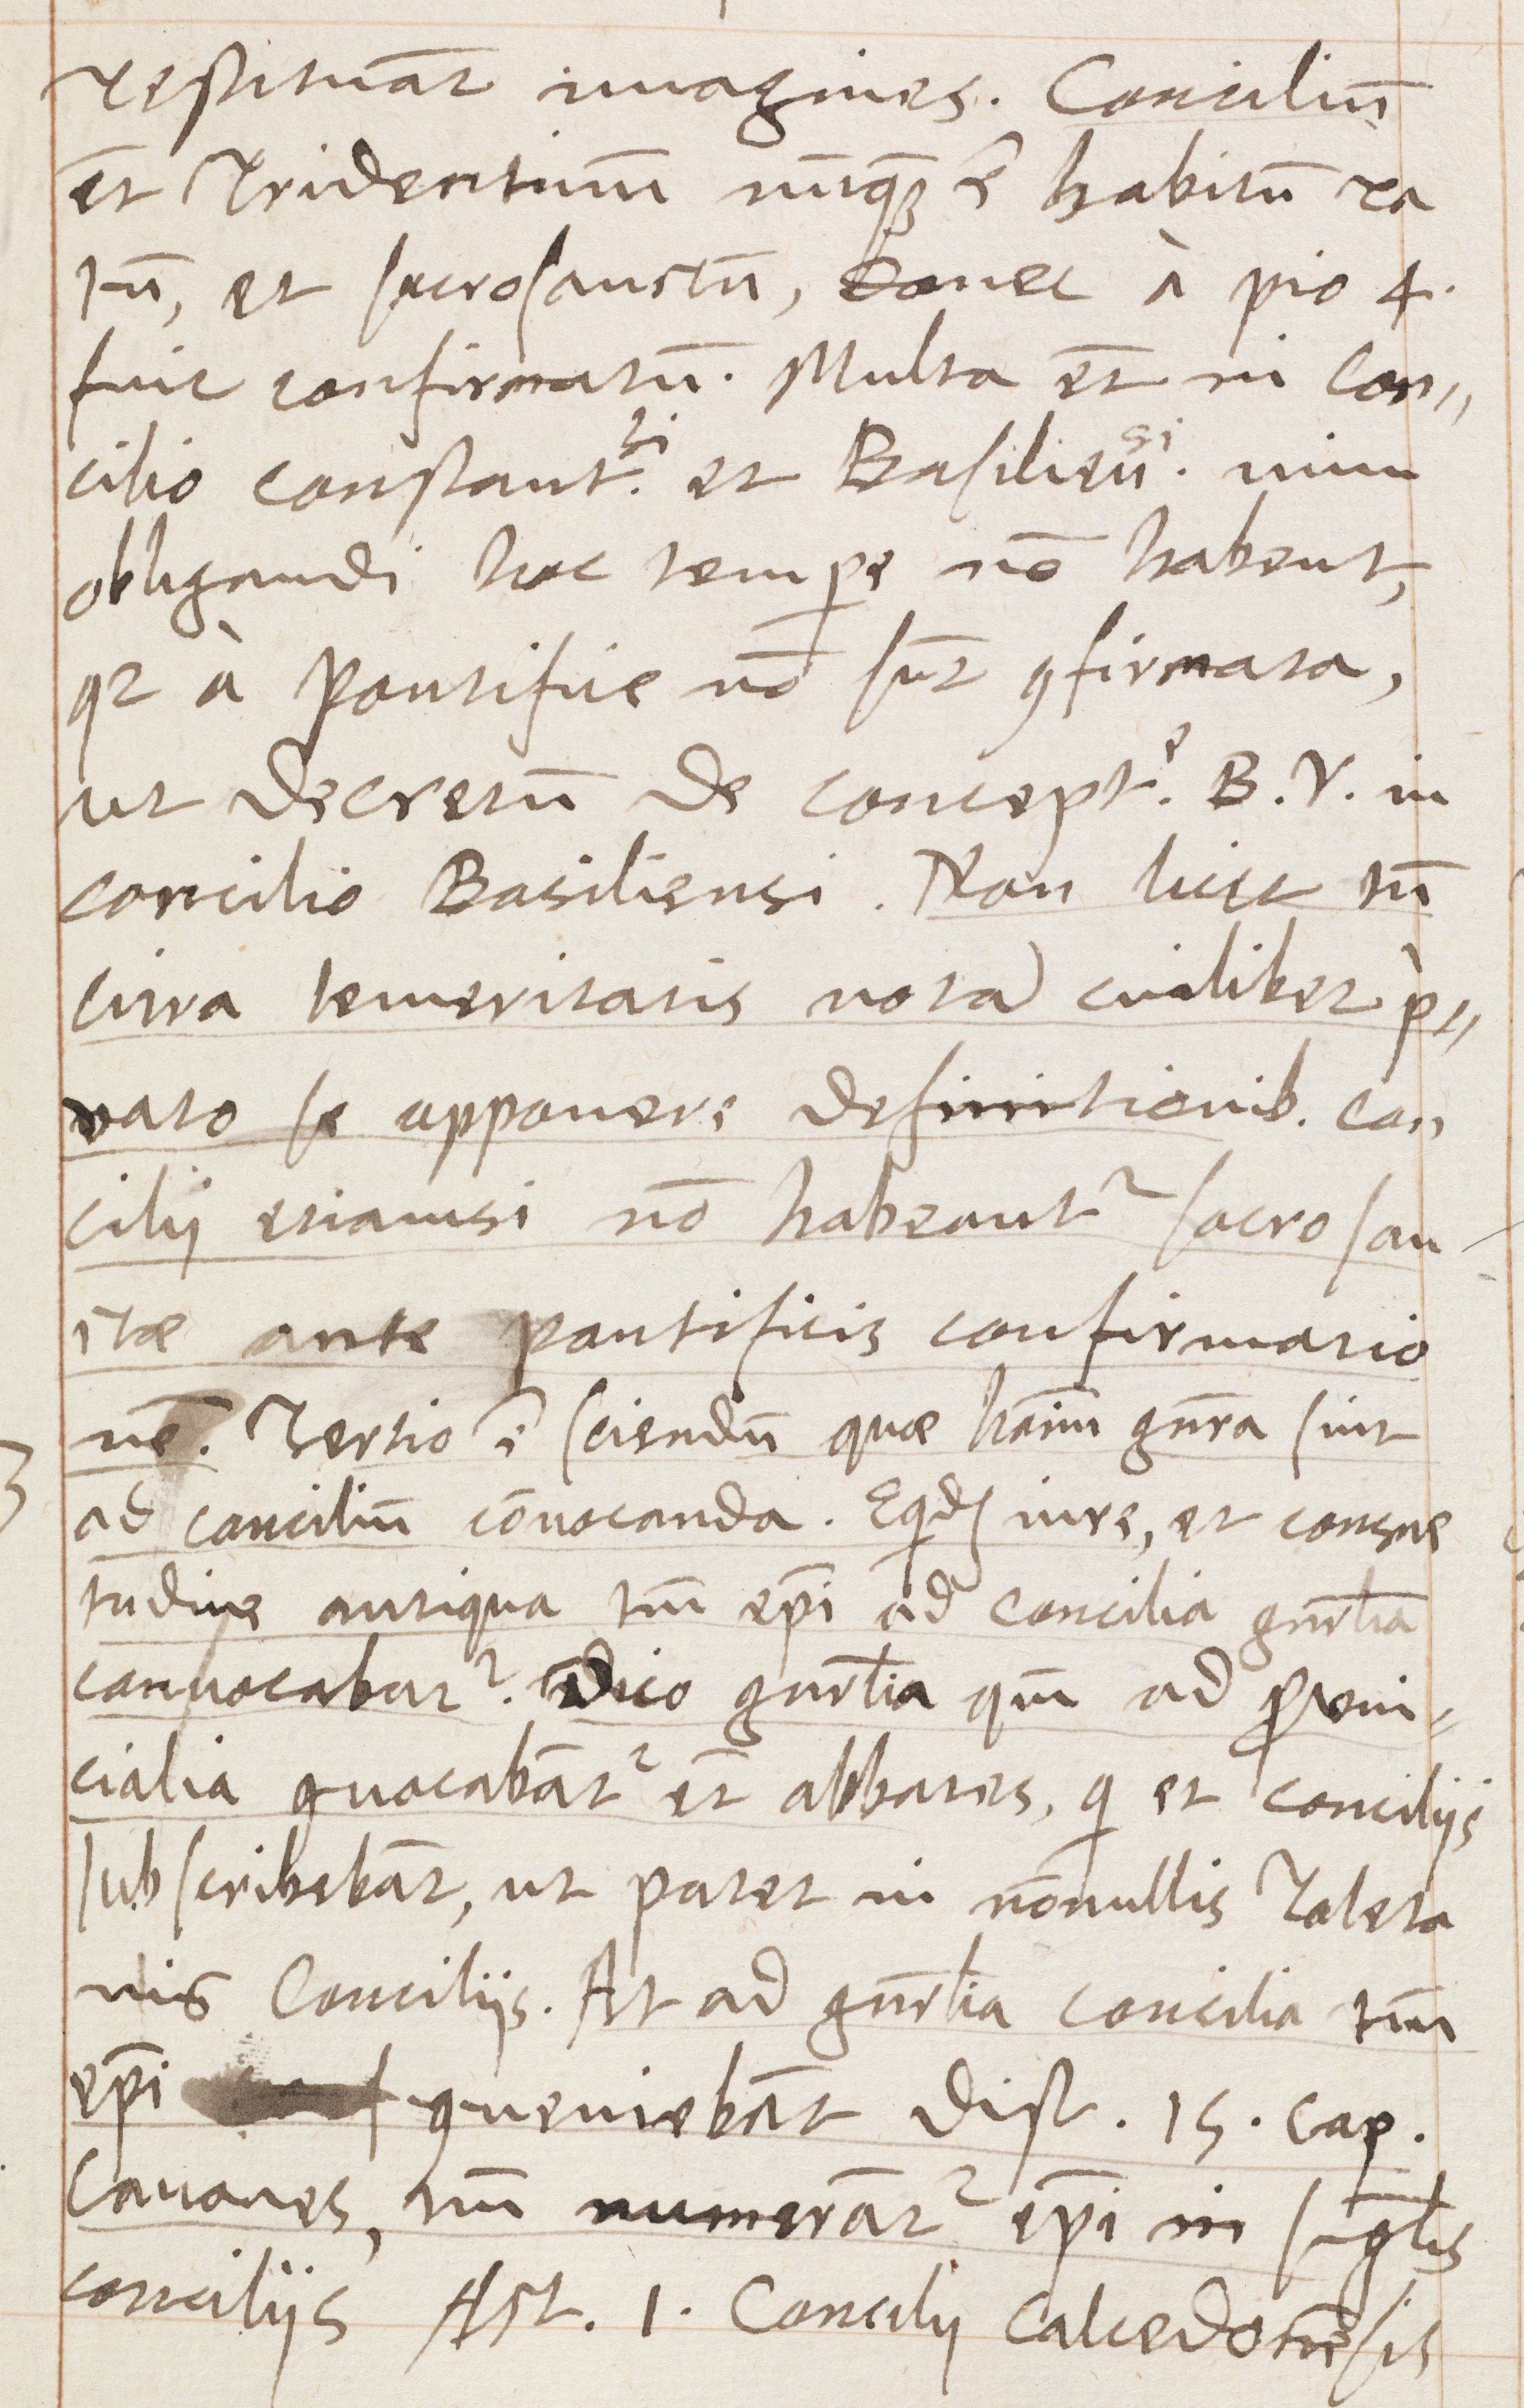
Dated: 1570–1570